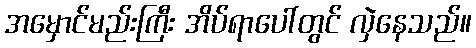
အမှောင်မည်းကြီး အိပ်ရာပေါ်တွင် လှဲနေသည်။